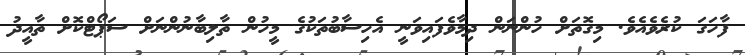
ފާހަގަ ކުރެވެއެވެ. މިގޮތަށް ހުންނަން ދިމާވެފައިވަނީ އެހިސާބުތަކުގެ މީހުން ތާލިބާނުންނަށް ސަޕޯޓްކޮށް ތާއީދު